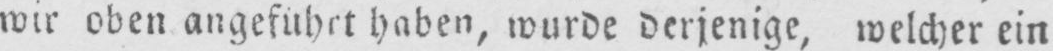
wir oben angeführt haben, wurde derjenige, welcher ein